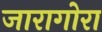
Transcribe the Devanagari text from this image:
जारागोरा